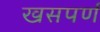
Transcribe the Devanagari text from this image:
खसपर्ण